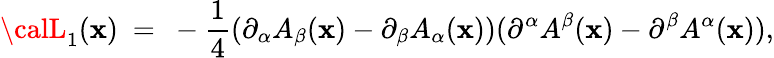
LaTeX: {\calL}_{1}(\mathbf{x})~=~-{\frac{{1}}{{4}}}(\partial_{\alpha}A_{\beta}(\mathbf{x})-\partial_{\beta}A_{\alpha}(\mathbf{x}))(\partial^{\alpha}A^{\beta}(\mathbf{x})-\partial^{\beta}A^{\alpha}(\mathbf{x})),